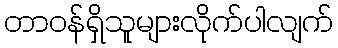
တာဝန်ရှိသူများလိုက်ပါလျက်